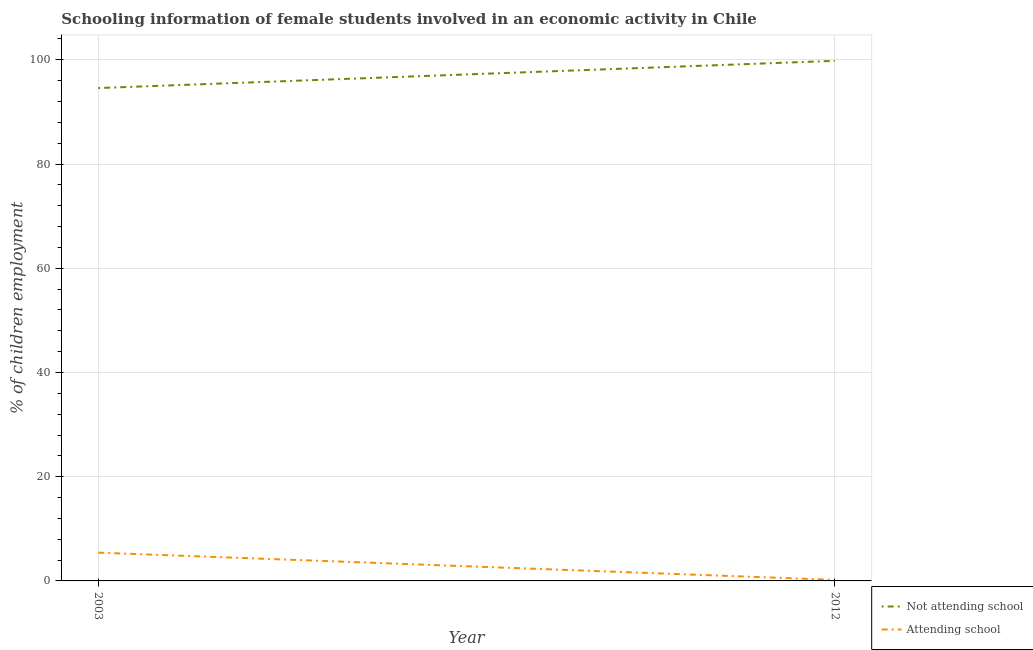
| Year | Not attending school | Attending school |
 | --- | --- | --- |
 | 2003 | 94.6 | 5.43 |
 | 2012 | 99.8 | 0.2 |